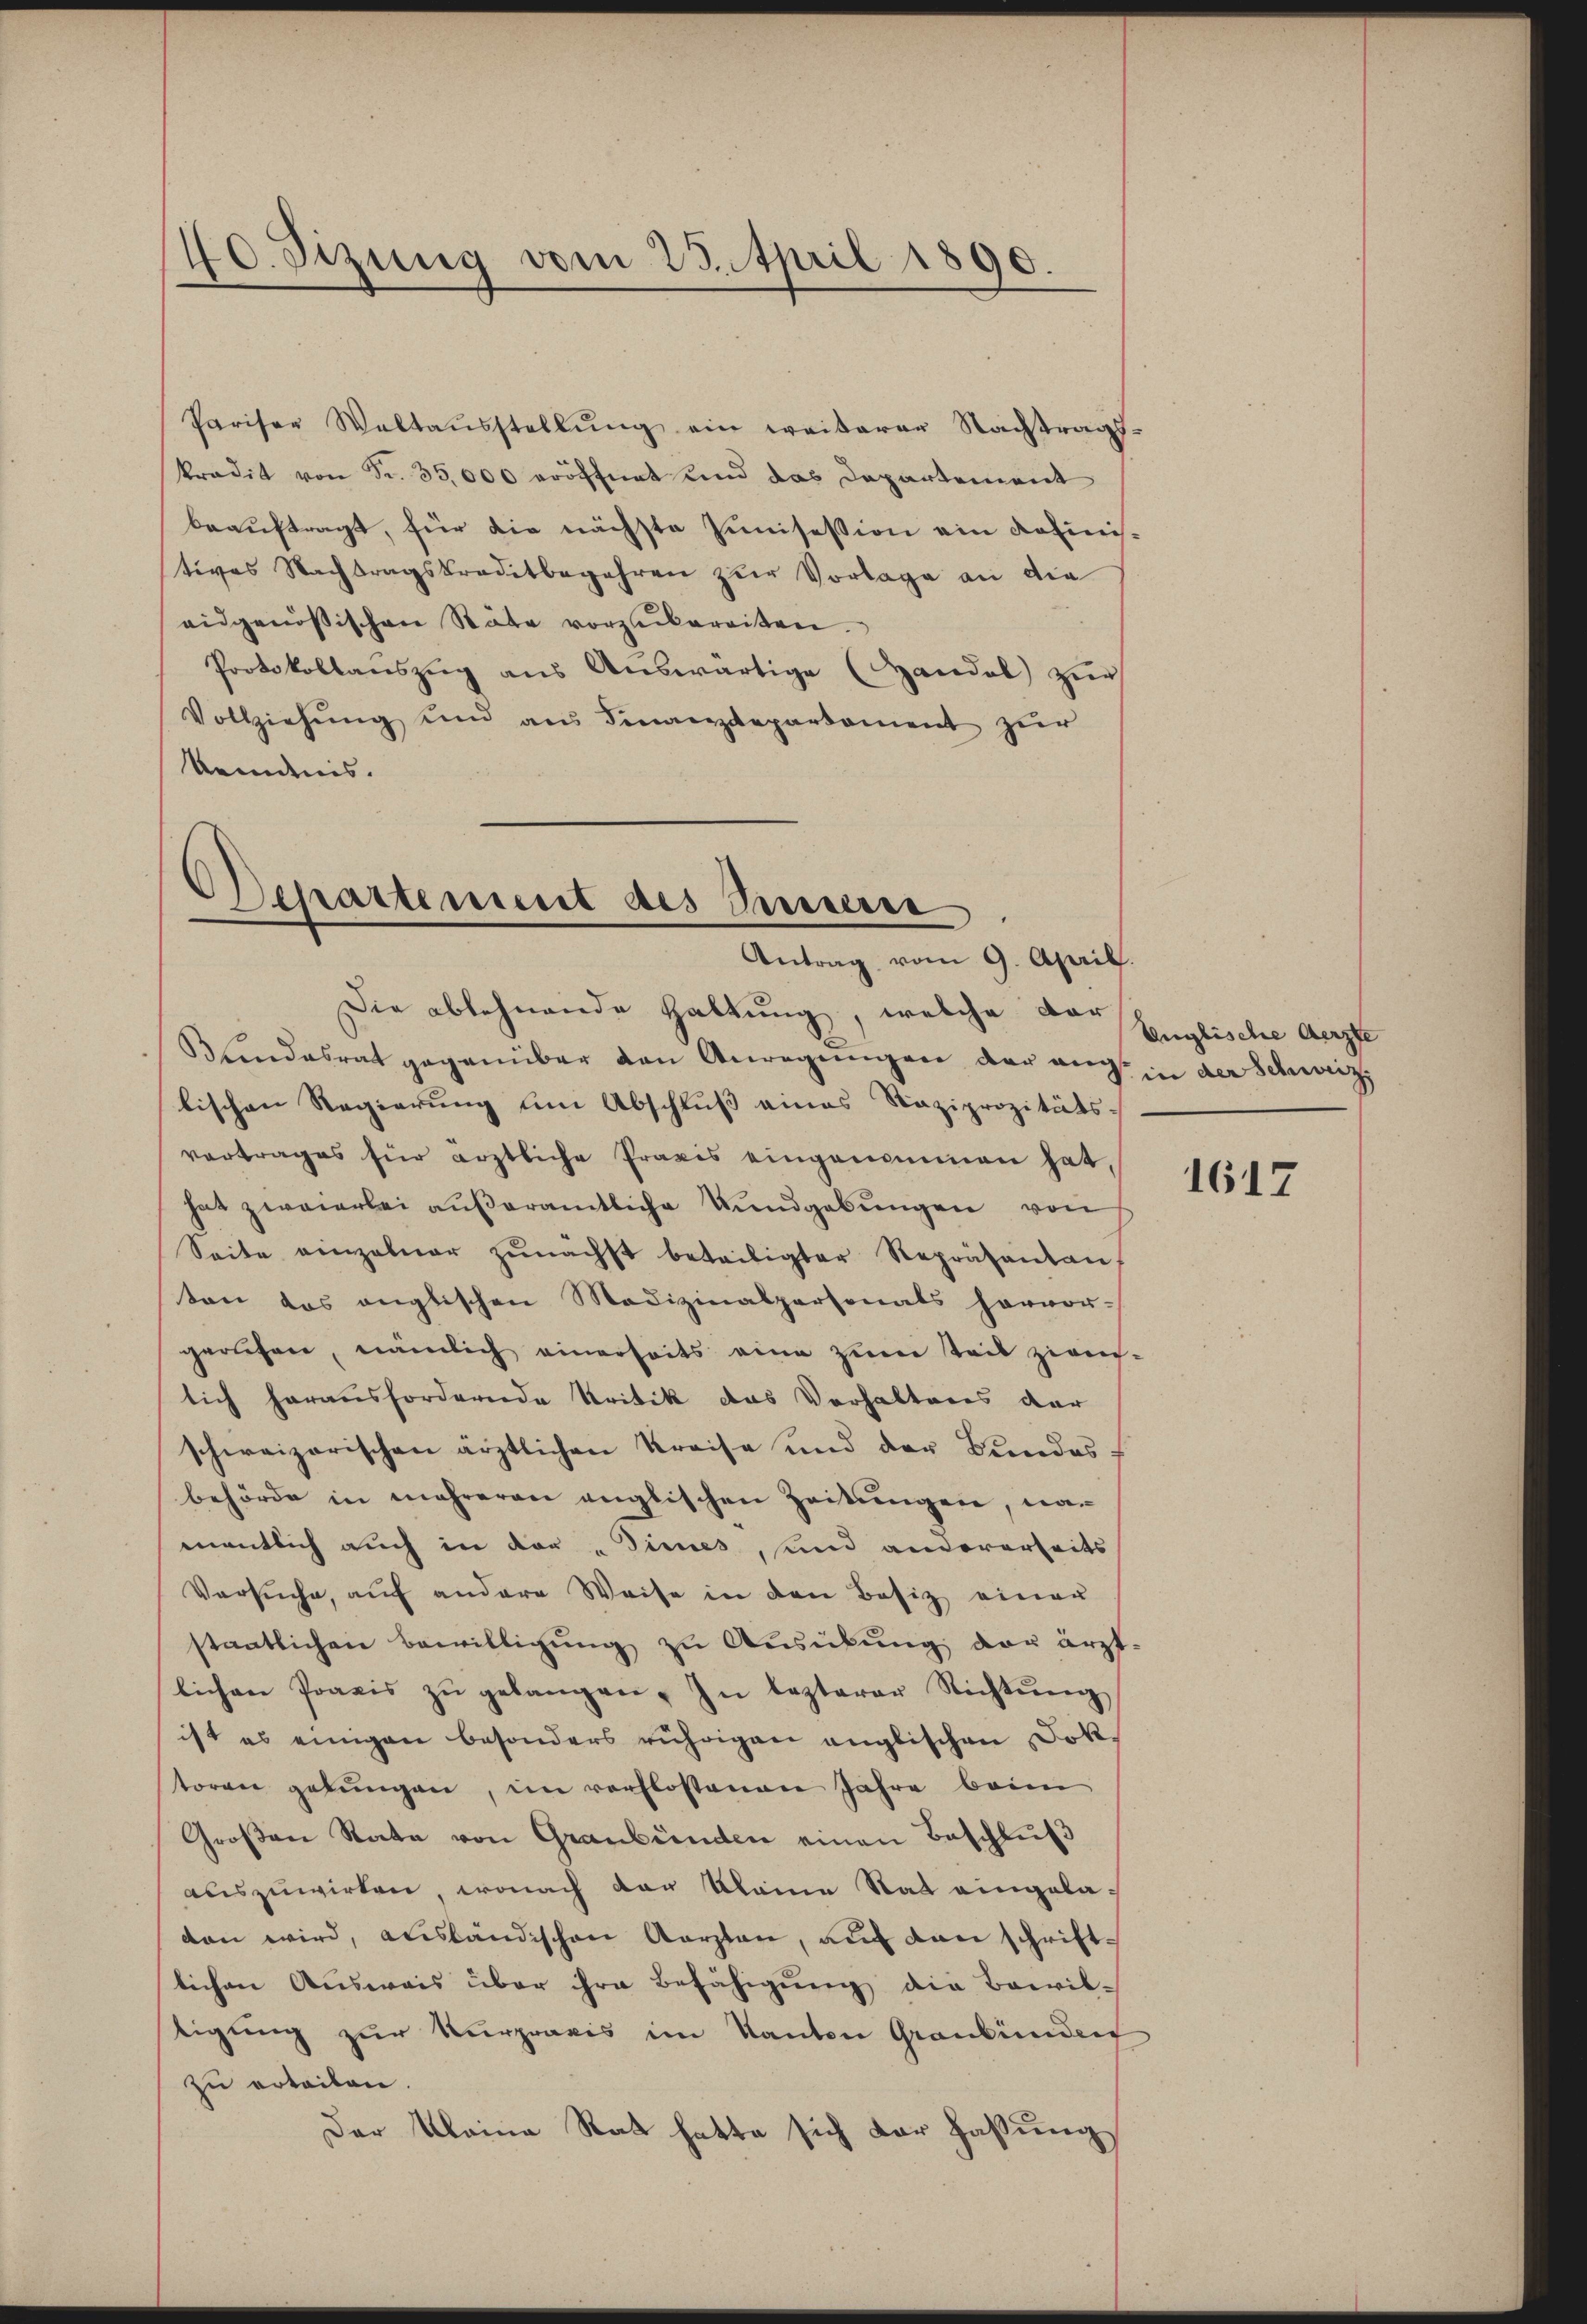
40. Sizung vom 23. April 1890.

Pariser Waltaŭsstellŭng ein weiterer Nachtrags-
kradit von Fr. 35,000 eröffnet und das Departement
beauftragt, für die nächste Junisession ein Rosinistives Nachtragskreditbegehren zur Vorlage an die
eidgenössischen Stäte vorzŭbereiten.
Protokollauszug aus Auswärtige (Handel zur
Vollziehŭng und ans Finanzdepartament zur
keidnis.

Departement des Bunsere
Antrag vom 9. April.

Bundesrat gegenüber den Anregungen der auch in der Schweiz.
lischen Regierung am Abschluß eines Raziprozitäts-
vortrages für ärztliche Praxis eingenommen hat,
hat zweierlei äußeramtliche Kundgebungen von
Seite einzelner zŭnächst beteiligter Repräsentan
ten das englischen Medizinalpersonals hervor-
gerichen, nämlich einerseits eine zum Teil zwei-
lich herausfordernde Kritik das Verhaltens der
schweizerischen ärztlichen Kreise und der Bundesbehörde in mehreren englischen Zeitungen, namentlich auch in der „Times, und andererseits
Versuche, auf andere Weise in den Besiz einer
staatlichen Bewilligŭng zu Ausübung der ärzt
lichen Praxis zŭ gelangen. In lezterer Richtŭng
ist es einigen besonders rührigen englischen Doktoren gebŭngen, im verflossenen Jahre beim
Großen Rate von Graubünden einen Beschluß
auszuwirken, wonach der kleine Stat eingeladan wird, ausländischen Aerzten, auf den schrift-
lichen Ausweis über ihre Befähigung die Bewiltigung zur Kurpraxis im Kanton Graubünden
zu erteilen.
Der Kleine Rath hatte sich der Fassung

Die ablehnende Haltung, welche der Englische Ausfe

1617